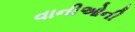
વાનીઓની